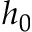
h _ { 0 }